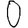
Digit: 0